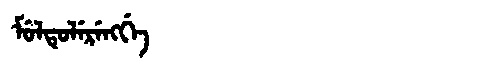
Manchu: ᠮᡠᠯᡨᡠᠯᡝᡵᡝᠩᡤᡝ
Romanization: MULTULERENGGE